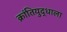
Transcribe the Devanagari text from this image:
क्रांतियुद्धाला